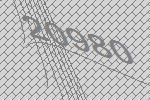
20980